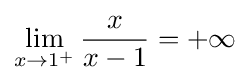
\lim _{x\to 1^{+}}{\frac {x}{x-1}}=+\infty